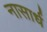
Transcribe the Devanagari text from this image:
नासार्ध